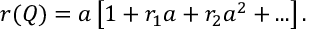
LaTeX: r ( Q ) = a \left[ 1 + r _ { 1 } a + r _ { 2 } a ^ { 2 } + . . . \right] .